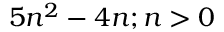
5 n ^ { 2 } - 4 n ; n > 0